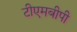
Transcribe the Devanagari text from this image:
टीएमबीपी